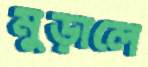
মুড়ালে